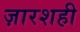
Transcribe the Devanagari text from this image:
ज़ारशही